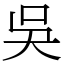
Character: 吳